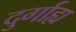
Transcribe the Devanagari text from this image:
दुर्गाह्य